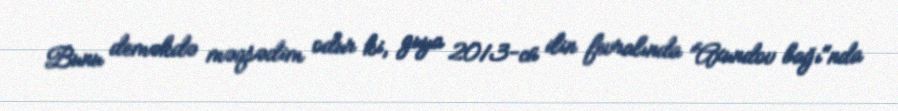
Bunu deməkdə məqsədim odur ki, guya 2013-cü ilin fevralında ”Axundov bağı"nda